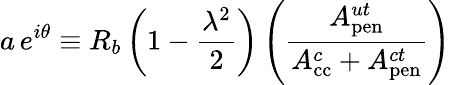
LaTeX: a\, e^{i\theta}\equiv R_{b}\left(1-\frac{\lambda^{2}}{2}\right)\left(\frac{A_{\mathrm{pen}}^{ut}}{A_{\mathrm{cc}}^{c}+A_{\mathrm{pen}}^{ct}}\right)